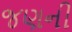
જણની